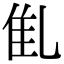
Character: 𠃲